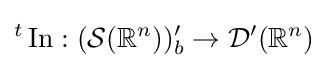
{}^{t}\operatorname {In} :({\mathcal {S}}(\mathbb {R} ^{n}))'_{b}\to {\mathcal {D}}^{\prime }(\mathbb {R} ^{n})